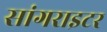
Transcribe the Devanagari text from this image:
सांगराइटर